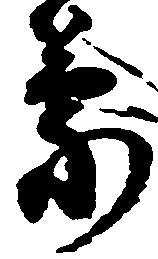
蒙